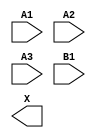
module sky130_fd_sc_hs__o31a (
    //# {{data|Data Signals}}
    input  A1,
    input  A2,
    input  A3,
    input  B1,
    output X
);

    // Voltage supply signals
    supply1 VPWR;
    supply0 VGND;

endmodule